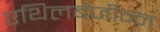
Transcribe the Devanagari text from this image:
एथिलबेंजीन्न